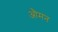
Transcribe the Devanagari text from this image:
औमन